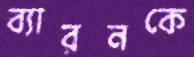
ব্যারনকে